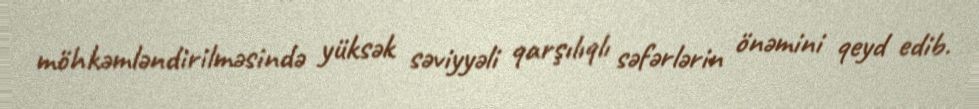
möhkəmləndirilməsində yüksək səviyyəli qarşılıqlı səfərlərin önəmini qeyd edib.